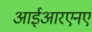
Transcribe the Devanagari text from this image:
आईआरएनए